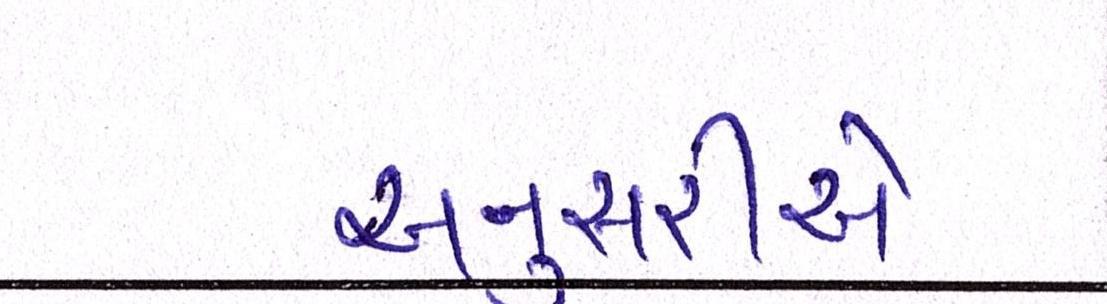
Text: અનુસરીએ